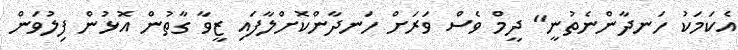
އެކަމަކު ހަނދާންނެތުނީ" ދީމް ވެސް ވަރަށް ހަނދާންކޮށްލާފައި ޒީވާ ގާތުން އޮޅުން ފިލުވަން